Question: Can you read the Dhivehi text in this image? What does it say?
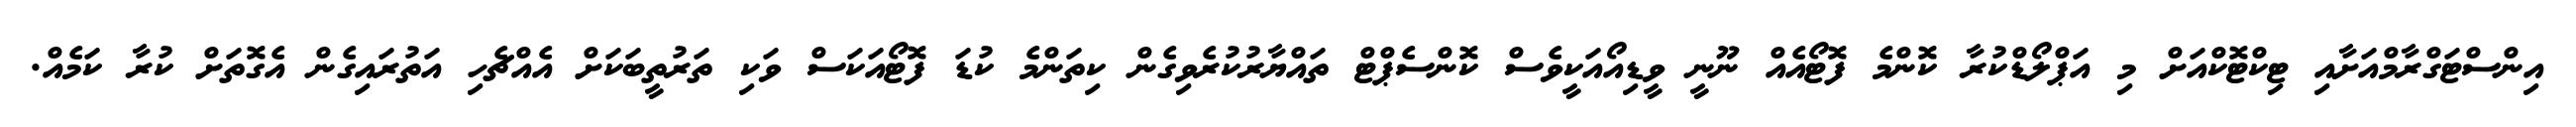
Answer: އިންސްޓަގްރާމްއަށާއި ޓިކްޓޮކްއަށް މި އަޕްލޯޑްކުރާ ކޮންމެ ފޮޓޯއެއް ނޫނީ ވީޑިއޯއަކީވެސް ކޮންސެޕްޓް ތައްޔާރުކުރެވިގެން ކިތަންމެ ކުޑަ ފޮޓޯއަކަސް ވަކި ތަރުތީބަކަށް އެއްޗެހި އަތުރައިގެން އެގޮތަށް ކުރާ ކަމެއް.